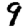
Digit: 9